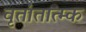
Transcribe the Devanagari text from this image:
वृतांतात्‍म्क